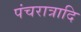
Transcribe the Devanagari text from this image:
पंचरात्रादि